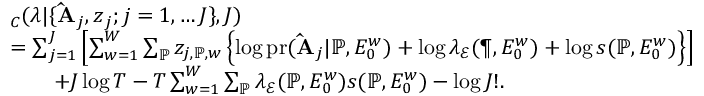
\begin{array} { r l } & { \L _ { C } ( \boldsymbol { \lambda } | \{ \mathbf { \hat { A } } _ { j } , \boldsymbol { z } _ { j } ; j = 1 , \ldots J \} , J ) } \\ & { = \sum _ { j = 1 } ^ { J } \left[ \sum _ { w = 1 } ^ { W } \sum _ { \mathbb { P } } z _ { j , \mathbb { P } , w } \left\{ \log \mathrm { p r } ( \mathbf { \hat { A } } _ { j } | \mathbb { P } , E _ { 0 } ^ { w } ) + \log \lambda _ { \mathcal { E } } ( { \P } , E _ { 0 } ^ { w } ) + \log s ( \mathbb { P } , E _ { 0 } ^ { w } ) \right\} \right] } \\ & { \quad \quad + J \log T - T \sum _ { w = 1 } ^ { W } \sum _ { \mathbb { P } } \lambda _ { \mathcal { E } } ( { \mathbb { P } } , E _ { 0 } ^ { w } ) s ( \mathbb { P } , E _ { 0 } ^ { w } ) - \log J ! . } \end{array}